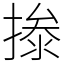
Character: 𰔝